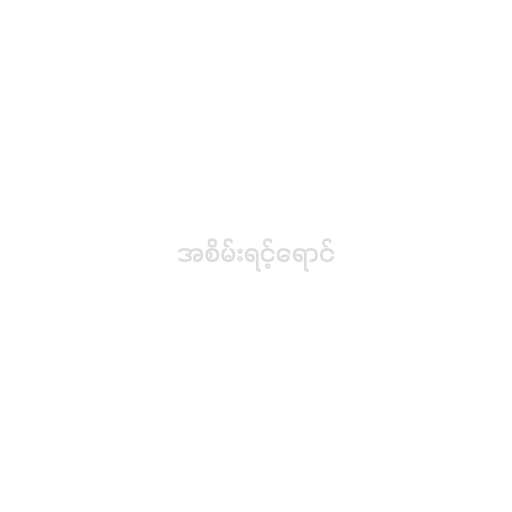
အစိမ်းရင့်ရောင်